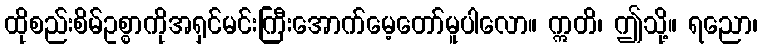
ထိုစည်းစိမ်ဥစ္စာကိုအရှင်မင်းကြီးအောက်မေ့တော်မူပါလော။ ဣတိ၊ ဤသို့။ ရညော၊